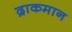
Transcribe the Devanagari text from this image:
द्राकमान